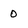
Character: 0